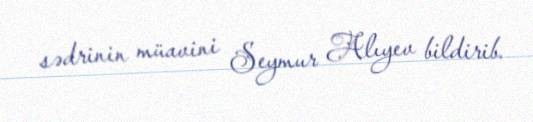
sədrinin müavini Seymur Alıyev bildirib.